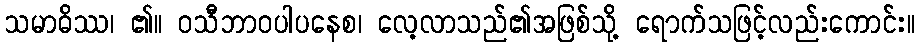
သမာဓိဿ၊ ၏။ ဝသီဘာဝပါပနေစ၊ လေ့လာသည်၏အဖြစ်သို့ ရောက်သဖြင့်လည်းကောင်း။